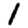
Digit: 1